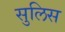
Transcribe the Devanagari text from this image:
सुलिस